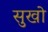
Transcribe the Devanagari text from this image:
सुखो